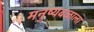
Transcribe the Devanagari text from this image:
मनुष्यबळाला